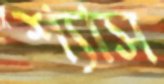
শ্যাস